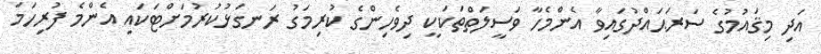
އަދި މިޤައުމުގެ ސަރަޙައްދުގައިވާ އެންމެހާ ވަސީލަތްތަކަކީ ދިވެހިންގެ ކުރިމަގު ރަނގަޅުކުރުމަށްޓަކައި އެންމެ ފުރިހަމަ